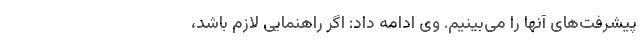
پیشرفت‌های آنها را می‌بینیم. وی ادامه داد: اگر راهنمایی لازم باشد،